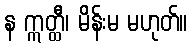
န ဣတ္ထီ၊ မိန်းမ မဟုတ်။